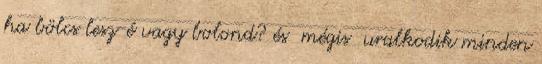
ha bölcs lesz-é vagy bolond? és mégis uralkodik minden